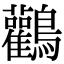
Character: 鸛